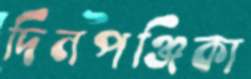
দিনপঞ্জিকা